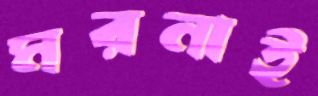
মরনাই